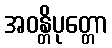
အဝန္တိပုတ္တော